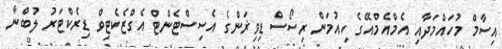
އިސާމް މުހައްމަދާއި އެމްއެމްއޭގެ ހިއުމަން ރިސޯސް ޑިވިޜަންގެ އެސިސްޓެންޓް އެގްޒެކެޓިވް ޑިރެކްޓަރު ލުބްނާ